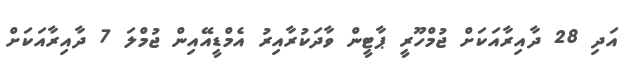
އަދި 28 ދާއިރާއަކަށް ޖުމްހޫރީ ޕާޓީން ވާދަކުރާއިރު އެމްޑީއޭއިން ޖުމްލަ 7 ދާއިރާއަކަށް